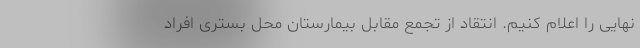
نهایی را اعلام کنیم. انتقاد از تجمع مقابل بیمارستان محل بستری افراد